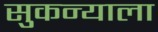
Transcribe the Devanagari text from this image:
सुकन्याला